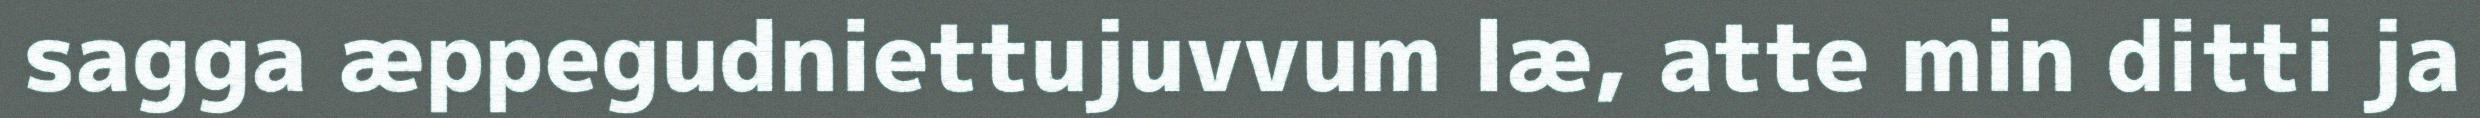
sagga æppegudniettujuvvum læ, atte min ditti ja